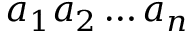
a _ { 1 } a _ { 2 } \dots a _ { n }